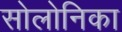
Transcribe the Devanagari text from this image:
सोलोनिका